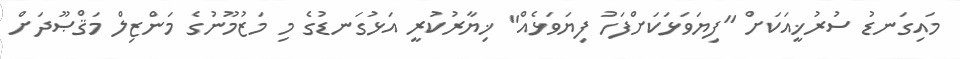
މައިގަނޑު ސުރުޚީއަކަށް "ފިޔަވަޅަކަށްފަހު ފިޔަވަޅެއް" ޚިޔާރުކުރީ އަޅުގަނޑުގެ މި މަޒުމޫނުގެ މަންޒިލް މަޤްޞޫދަށް